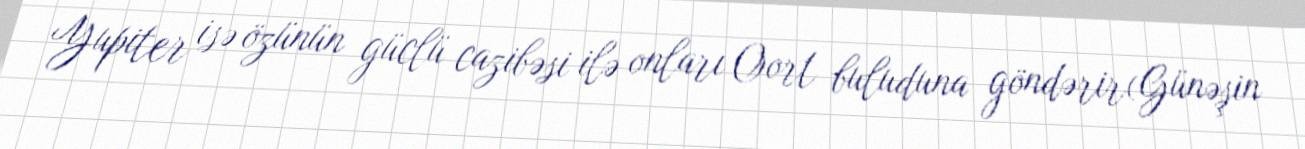
Yupiter isə özünün güclü cazibəsi ilə onları Oort buluduna göndərir(Günəşin